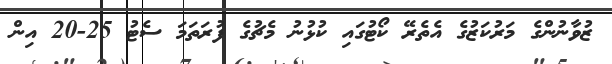
ޒުވާނުންގެ މަރުކަޒުގެ އެތެރޭ ކޯޓުގައި ކުޅުނު މެޗުގެ ފުރަތަމަ ސެޓު 25-20 އިން